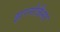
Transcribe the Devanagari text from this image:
झरनोजैसा